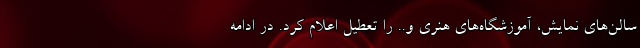
سالن‌های نمایش، آموزشگاه‌های هنری و.. را تعطیل اعلام کرد. در ادامه